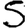
Digit: 5